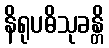
နိရုပဓိသုခန္တိ